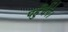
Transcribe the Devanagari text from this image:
पहुँचेंगे।